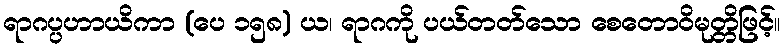
ရာဂပ္ပဟာယိကာ (ပေ ၁၅၈) ယ၊ ရာဂကို ပယ်တတ်သော စေတောဝိမုတ္တိဖြင့်။